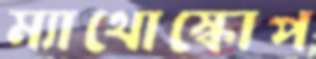
ম্যাথোস্কোপ